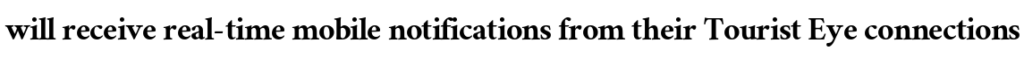
will receive real-time mobile notifications from their Tourist Eye connections